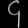
Digit: ၄